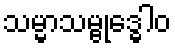
သမ္မာသမ္ဗုဒ္ဓေါဝ